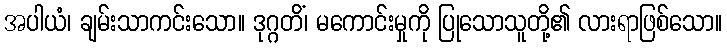
အပါယံ၊ ချမ်းသာကင်းသော။ ဒုဂ္ဂတိံ၊ မကောင်းမှုကို ပြုသောသူတို့၏ လားရာဖြစ်သော။